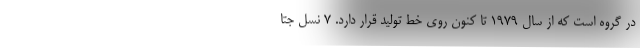
در گروه است که از سال 1979 تا کنون روی خط تولید قرار دارد. 7 نسل جتا